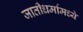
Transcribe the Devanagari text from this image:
जातीधर्मामध्ये